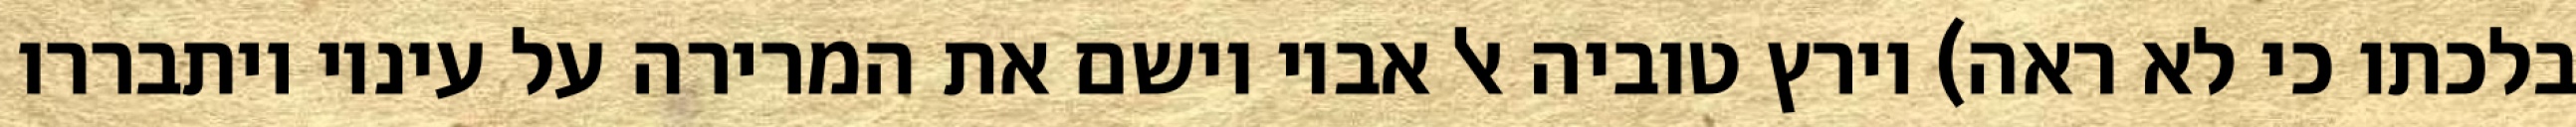
בלכתו כי לא ראה) וירץ טוביה אל אביו וישם את המרירה על עיניו ויתבררו